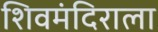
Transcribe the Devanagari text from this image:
शिवमंदिराला